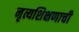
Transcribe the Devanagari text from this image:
नृत्यशिक्षणाची